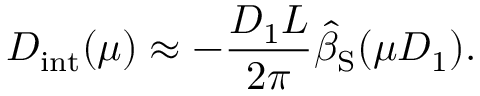
D _ { \mathrm { i n t } } ( \mu ) \approx - \frac { D _ { 1 } L } { 2 \pi } \hat { \beta } _ { \mathrm { S } } ( \mu D _ { 1 } ) .